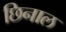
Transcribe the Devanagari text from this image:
छिनाल